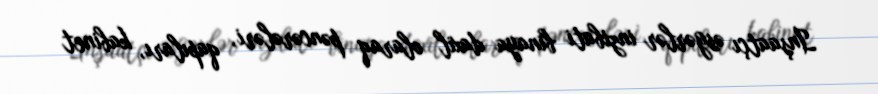
İnşaatçı əsgərlər inzibati binaya daxil olaraq pəncərələri, qapıları, kabinet